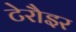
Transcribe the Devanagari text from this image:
टेरौइर